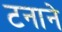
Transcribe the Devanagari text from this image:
टनाने